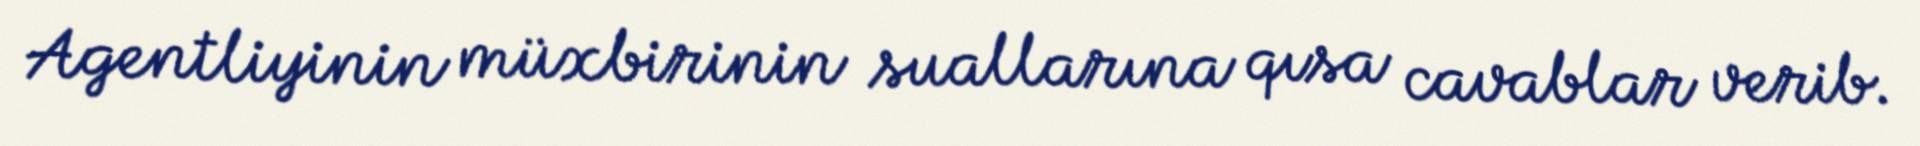
Agentliyinin müxbirinin suallarına qısa cavablar verib.